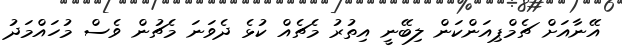
އޭނާއަށް ޗެމްޕިއަންކަން ލިބޭނީ އިތުރު މެޗެއް ކުޅެ ދެވަނަ މެޗުން ވެސް މުހައްމަދު